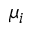
\mu _ { i }